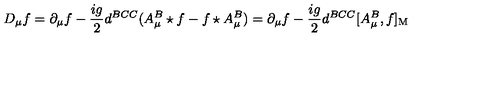
D _ { \mu } f = \partial _ { \mu } f - { \frac { i g } { 2 } } d ^ { B C C } ( A _ { \mu } ^ { B } \star f - f \star A _ { \mu } ^ { B } ) = \partial _ { \mu } f - { \frac { i g } { 2 } } d ^ { B C C } [ A _ { \mu } ^ { B } , f ] _ { \mathrm { M } }